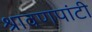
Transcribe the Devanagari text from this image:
श्रावणपांटी